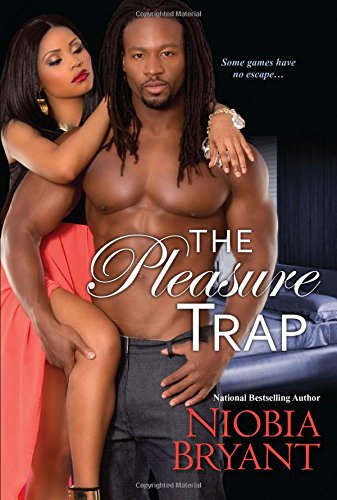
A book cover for The Pleasure Trap; Niobia Bryant; Romance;